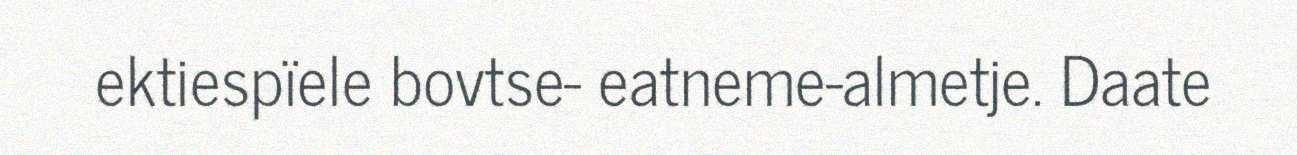
ektiespïele bovtse- eatneme-almetje. Daate